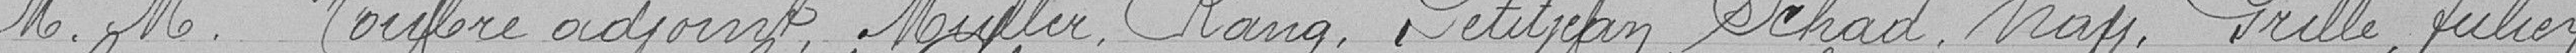
M.M Houbre adjoint, Muller, Rang, Petitjean, Schad , Nay, Grille, Julien